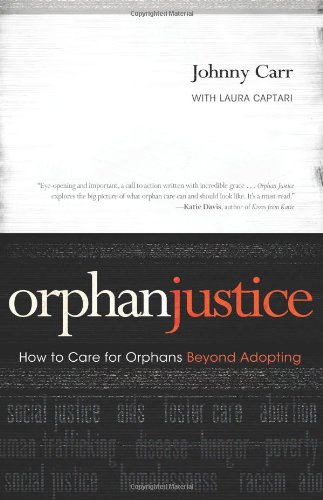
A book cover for Orphan Justice: How to Care for Orphans Beyond Adopting; Johnny Carr; Christian Books & Bibles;